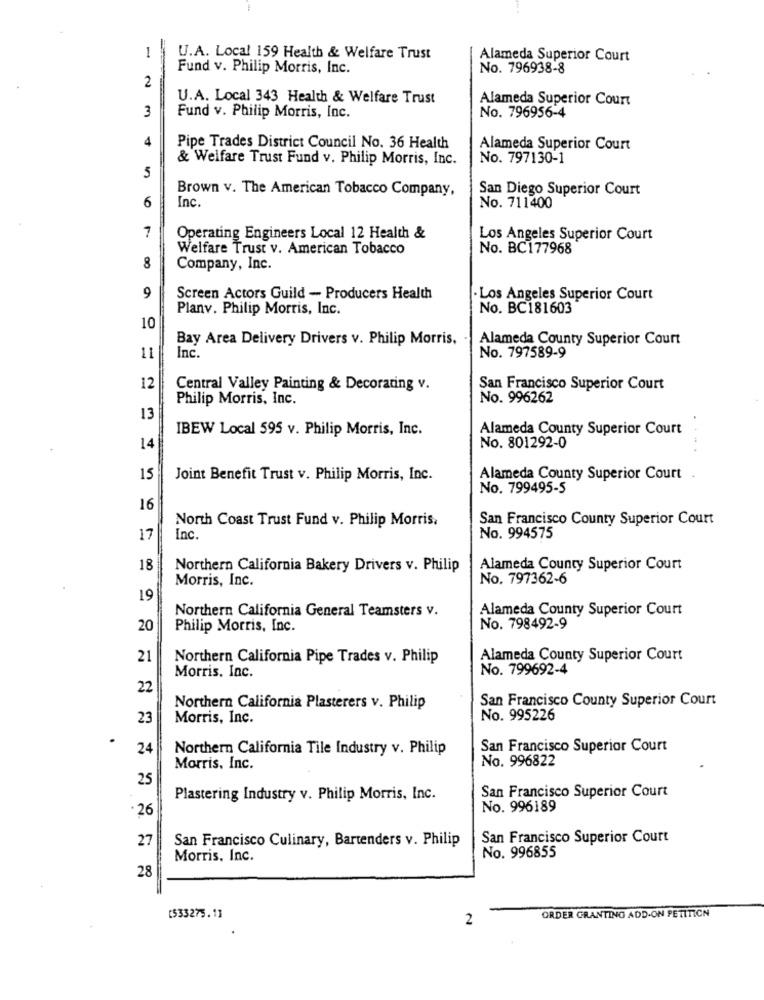
1
U.A. Local 159 Health & Welfare Trust
Alameda Superior Court
Fund v. Philip Morris, Inc.
No. 796938-8
2
U.A. Local 343 Health & Welfare Trust
Alameda Superior Court
3
Fund v. Philip Morris, Inc.
No. 796956-4
4
Pipe Trades District Council No. 36 Health
Alameda Superior Court
& Welfare Trust Fund v. Philip Morris, Inc.
No. 797130-1
5
Brown v. The American Tobacco Company,
San Diego Superior Court
Inc.
6
No. 711400
7
Operating Engineers Local 12 Health &
Los Angeles Superior Court
Welfare Trust v. American Tobacco
No. BC177968
8
Company, Inc.
9
Screen Actors Guild - Producers Health
· Los Angeles Superior Court
Planv. Philip Morris, Inc.
No. BC181603
10
Bay Area Delivery Drivers v. Philip Morris, .
Alameda County Superior Court
11
Inc.
No. 797589-9
12
Central Valley Painting & Decorating v.
San Francisco Superior Court
Philip Morris, Inc.
No. 996262
13
IBEW Local 595 v. Philip Morris, Inc.
Alameda County Superior Court
14
No. 801292-0
15
Joint Benefit Trust v. Philip Morris, Inc.
Alameda County Superior Court .
No. 799495-5
16
North Coast Trust Fund v. Philip Morris.
San Francisco County Superior Court
17
Inc
No. 994575
18
Northern California Bakery Drivers v. Philip
Alameda County Superior Court
Morris, Inc.
No. 797362-6
19
Northern California General Teamsters v.
Alameda County Superior Court
20
Philip Morris, Inc.
No. 798492-9
21
Northern California Pipe Trades v. Philip
Alameda County Superior Court
No. 799692-4
Morris, Inc.
22
San Francisco County Superior Court
Northern California Plasterers v. Philip
23
Morris, Inc.
No. 995226
24
Northern California Tile Industry v. Philip
San Francisco Superior Court
Morris, Inc.
No. 996822
25
San Francisco Superior Court
Plastering Industry v. Philip Morris, Inc.
.26
No. 996189
27
San Francisco Culinary, Bartenders v. Philip
San Francisco Superior Court
No. 996855
Morris, Inc.
28
[533275.1]
2
ORDER GRANTING ADD-ON PETITICH